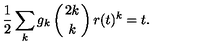
\frac 1 2 \sum _ { k } g _ { k } \left( { 2 k \atop k } \right) r ( t ) ^ { k } = t .